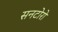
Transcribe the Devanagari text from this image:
सनटोरो